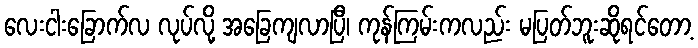
လေးငါးခြောက်လ လုပ်လို့ အခြေကျလာပြီ၊ ကုန်ကြမ်းကလည်း မပြတ်ဘူးဆိုရင်တော့